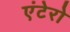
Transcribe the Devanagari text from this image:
एंटेरो